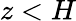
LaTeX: z<H